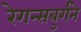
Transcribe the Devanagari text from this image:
रेगन्सबुर्गने